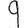
Digit: 9